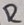
Text: R